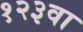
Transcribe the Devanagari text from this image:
१२३वा